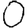
Digit: 0